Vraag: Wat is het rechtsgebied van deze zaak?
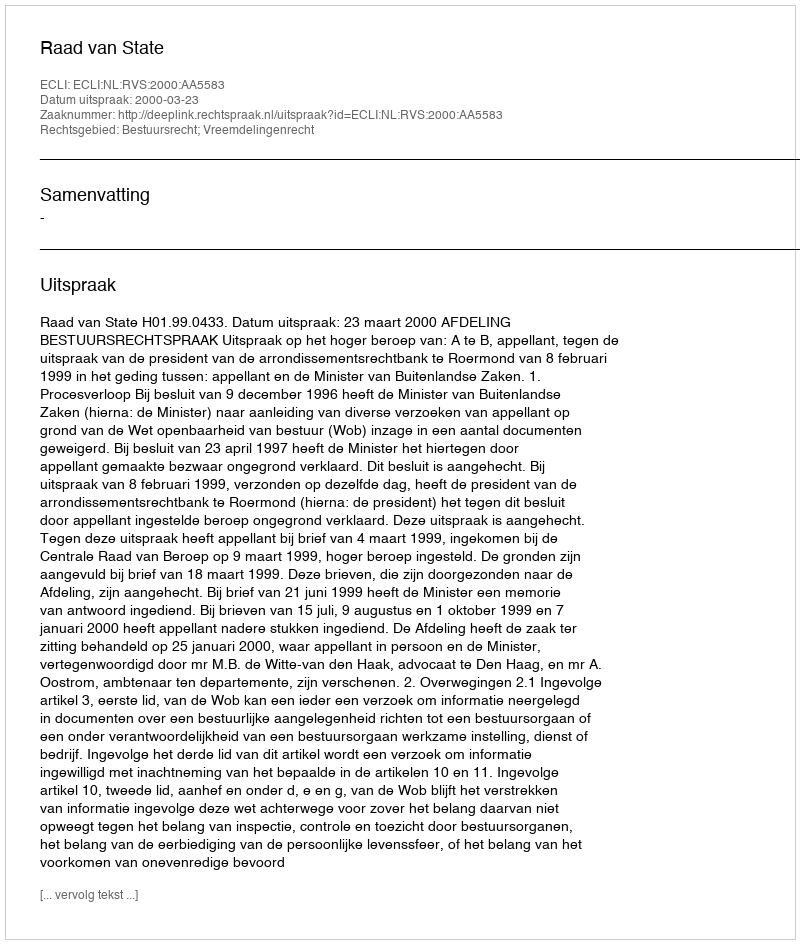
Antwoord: Bestuursrecht; Vreemdelingenrecht